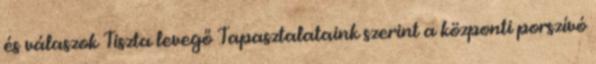
és válaszok Tiszta levegő Tapasztalataink szerint a központi porszívó